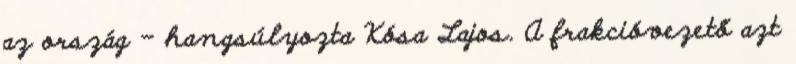
az ország – hangsúlyozta Kósa Lajos. A frakcióvezető azt